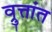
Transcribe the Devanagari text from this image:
व्रुत्तांत